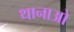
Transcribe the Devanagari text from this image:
थानाओ